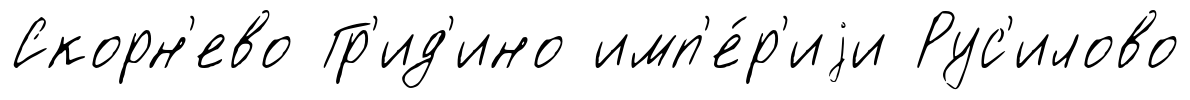
Скорн'ево Гр'ид'ино имп'е́р'иjи Рус'илово